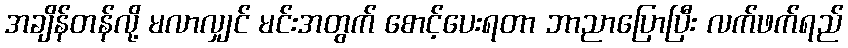
အချိန်တန်လို့ မလာလျှင် မင်းအတွက် စောင့်ပေးရတာ ဘာညာပြောပြီး လက်ဖက်ရည်